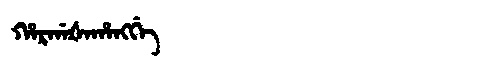
Manchu: ᡥᠠᡵᡤᠠᡧᠠᡥᠠᠩᡤᡝ
Romanization: HARGAŠAHANGGE